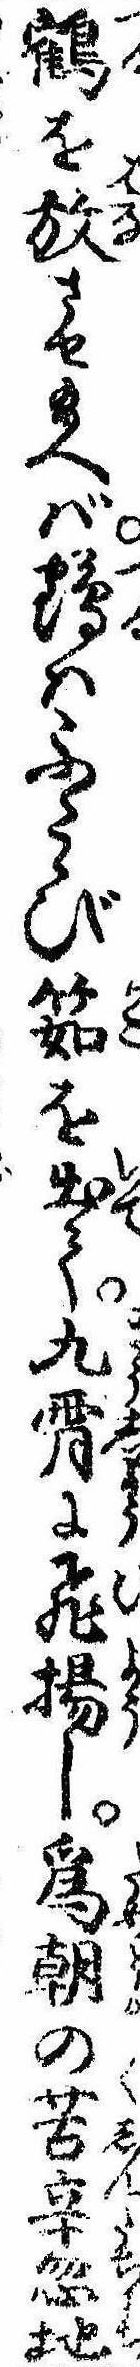
鶴を放させ給へば鶴はふたゝび筎を出て九霄に飛揚し為朝の苦辛忽地